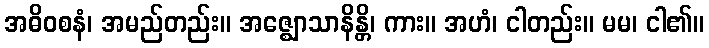
အဓိဝစနံ၊ အမည်တည်း။ အဇ္ဈောသာနိန္တိ၊ ကား။ အဟံ၊ ငါတည်း။ မမ၊ ငါ၏။